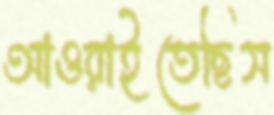
আওরাইতেছিস